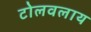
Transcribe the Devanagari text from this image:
टोलवलाय